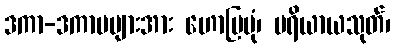
ဒကာ-ဒကာမများအား ဟောပြပုံ၊ ပရိယာယသုတ်၊